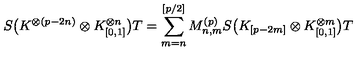
S \bigl ( K ^ { \otimes ( p - 2 n ) } \otimes K _ { [ 0 , 1 ] } ^ { \otimes n } \bigr ) T = \sum _ { m = n } ^ { [ p / 2 ] } M _ { n , m } ^ { ( p ) } S \bigl ( K _ { [ p - 2 m ] } \otimes K _ { [ 0 , 1 ] } ^ { \otimes m } \bigr ) T